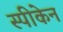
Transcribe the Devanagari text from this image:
स्पीकेन